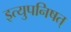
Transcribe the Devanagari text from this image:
इत्युपनिषत्‌